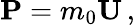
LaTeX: \mathbf{P}=m_{0}\mathbf{U}\, ,